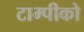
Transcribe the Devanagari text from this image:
टाम्पीको